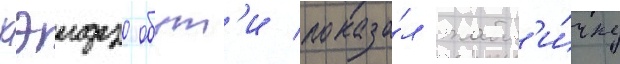
кэидзо обут'и показа́л табл'и́чку